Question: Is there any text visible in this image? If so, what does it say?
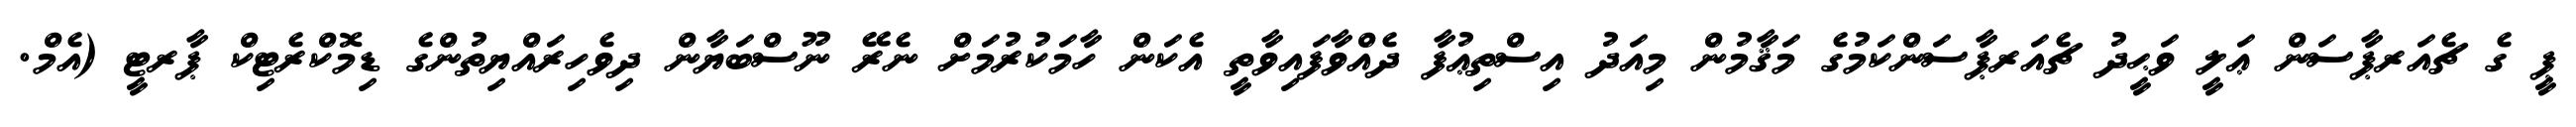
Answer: ޕީ ގެ ޗެއަރޕާސަން ޢަލީ ވަޙީދު ޗެއަރޕާސަންކަމުގެ މަޤާމުން މިއަދު އިސްތިޢުފާ ދެއްވާފައިވާތީ އެކަން ހާމަކުރުމަށް ނެރޭ ނޫސްބަޔާން ދިވެހިރައްޔިތުންގެ ޑިމޮކްރެޓިކް ޕާރޓީ (އެމް.